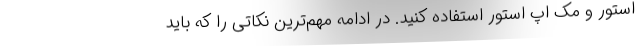
استور و مک اپ استور استفاده کنید. در ادامه مهم‌ترین نکاتی را که باید